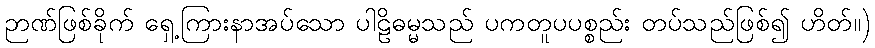
ဉာဏ်ဖြစ်ခိုက် ရှေ့ကြားနာအပ်သော ပါဠိဓမ္မသည် ပကတူပပစ္စည်း တပ်သည်ဖြစ်၍ ဟိတ်။)